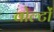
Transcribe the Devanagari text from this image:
वोल्टों